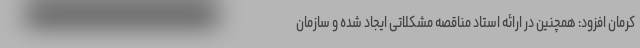
کرمان افزود: همچنین در ارائه استاد مناقصه مشکلاتی ایجاد شده و سازمان